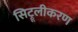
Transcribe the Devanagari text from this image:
सिट्रूलीकरण